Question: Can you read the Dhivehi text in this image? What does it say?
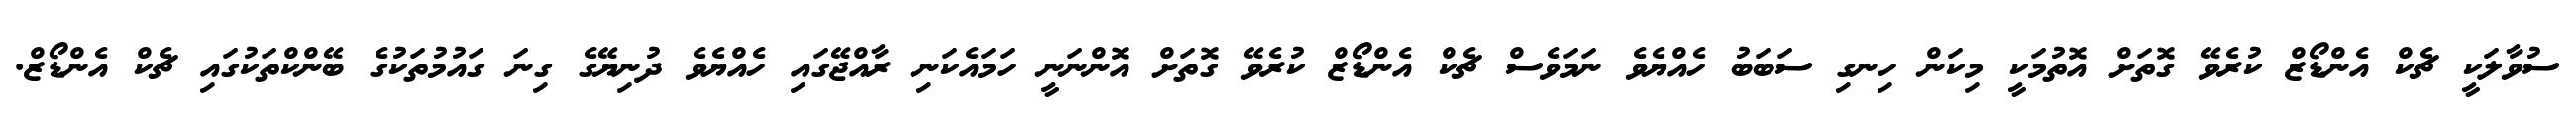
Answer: ސުވާލަކީ ޗެކް އެންޑޯޒް ކުރެވޭ ގޮތަށް އޮތުމަކީ މިކަން ހިނގި ސަބަބު ހެއްޔެވެ ނަމަވެސް ޗެކް އެންޑޯޒް ކުރެވޭ ގޮތަށް އޮންނަނީ ހަމައެކަނި ރާއްޖޭގައި ހެއްޔެވެ ދުނިޔޭގެ ގިނަ ގައުމުތަކުގެ ބޭންކްތަކުގައި ޗެކް އެންޑޯޒް.